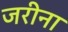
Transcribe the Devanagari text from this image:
जरीना